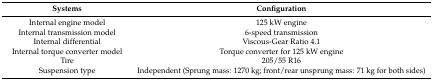
<table><thead><tr><td><b>Systems</b></td><td><b>Configuration</b></td></tr></thead><tbody><tr><td>Internal engine model</td><td>125 kW engine</td></tr><tr><td>Internal transmission model</td><td>6-speed transmission</td></tr><tr><td>Internal differential</td><td>Viscous-Gear Ratio 4.1</td></tr><tr><td>Internal torque converter model</td><td>Torque converter for 125 kW engine</td></tr><tr><td>Tire</td><td>205/55 R16</td></tr><tr><td>Suspension type</td><td>Independent (Sprung mass: 1270 kg; front/rear unsprung mass: 71 kg for both sides)</td></tr></tbody></table>